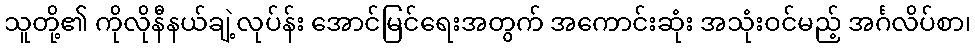
သူတို့၏ ကိုလိုနီနယ်ချဲ့လုပ်န်း အောင်မြင်ရေးအတွက် အကောင်းဆုံး အသုံးဝင်မည့် အင်္ဂလိပ်စာ၊